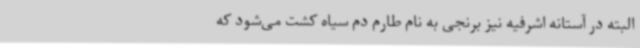
البته در آستانه اشرفیه نیز برنجی به نام طارم دم سیاه کشت می‌شود که